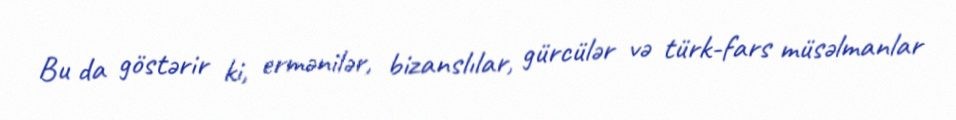
Bu da göstərir ki, ermənilər, bizanslılar, gürcülər və türk-fars müsəlmanlar